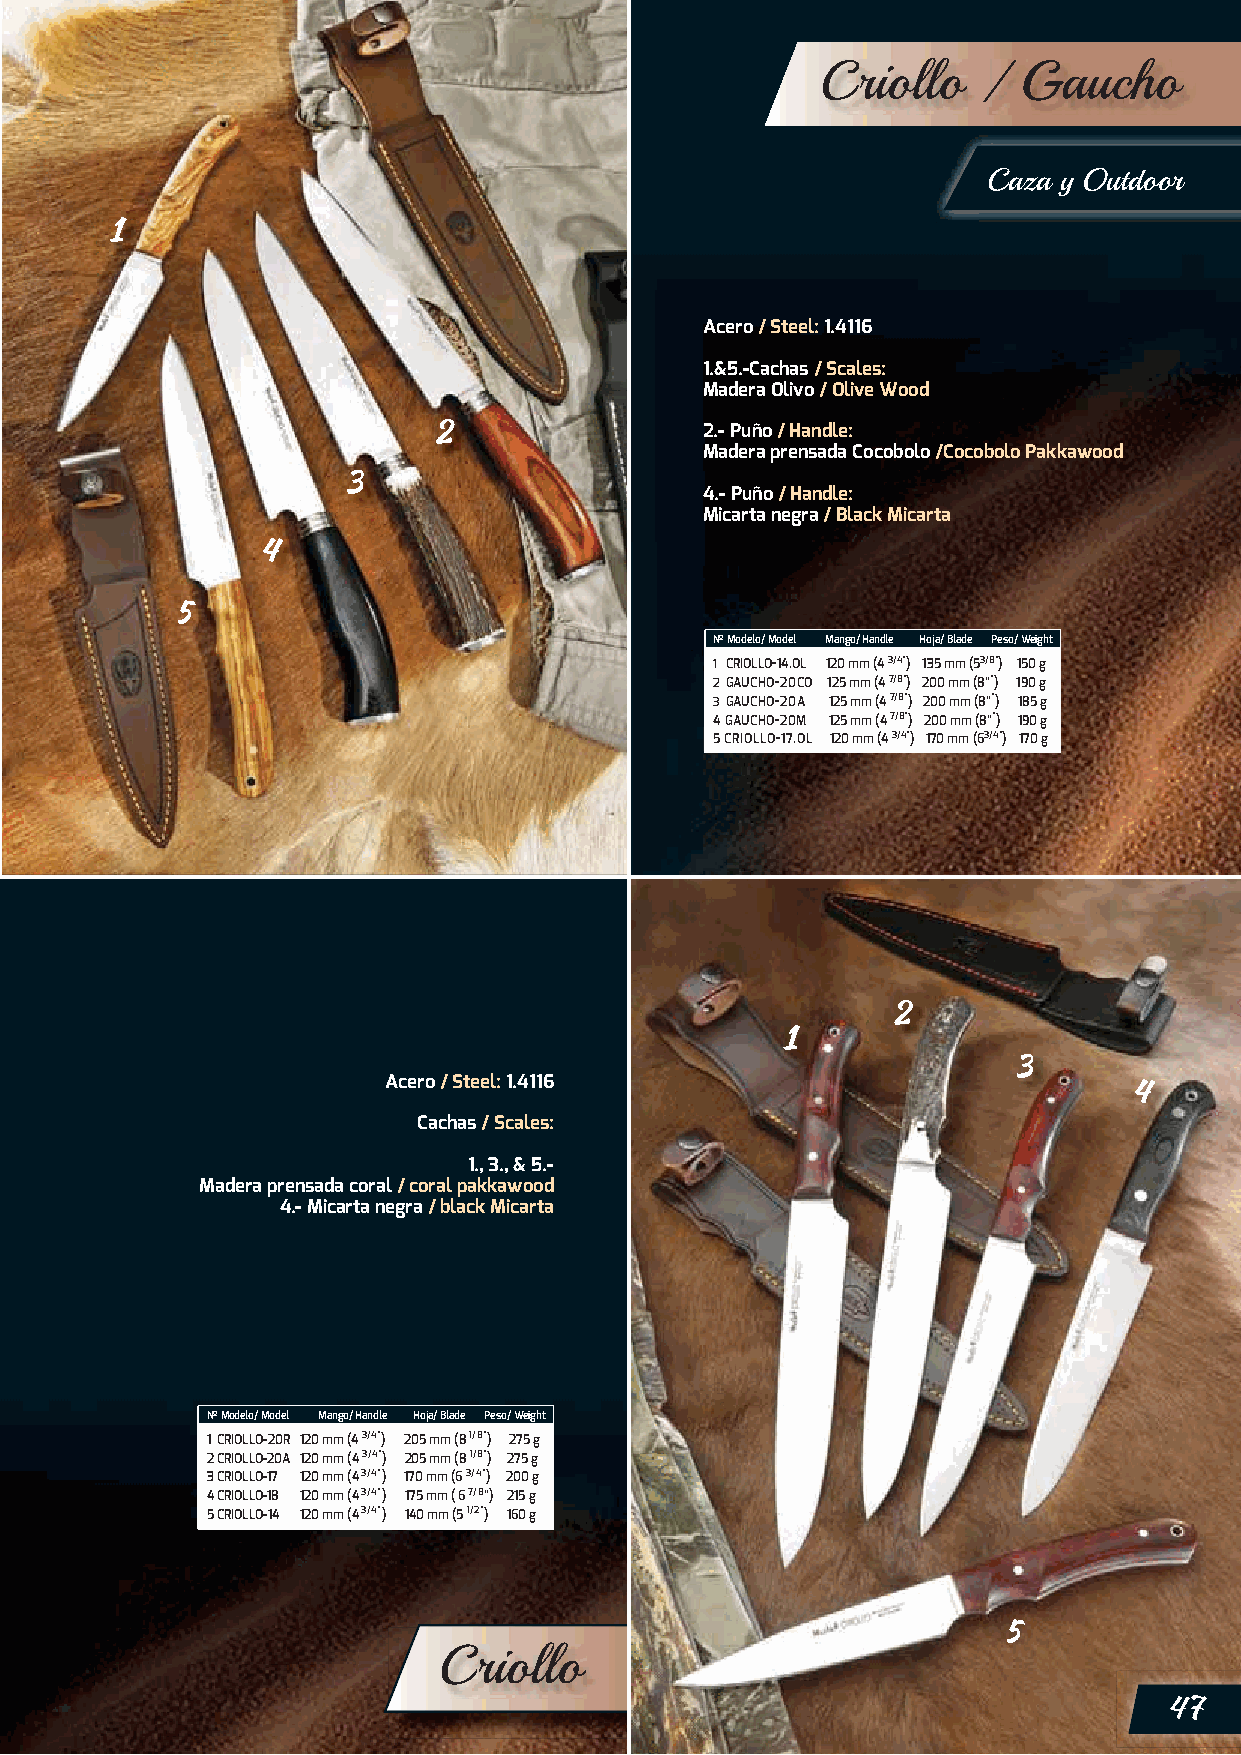
Criollo    /  Gaucho
 Caza y Outdoor
 Acero / Steel: 1.4116
 1.&5.-Cachas / Scales:
 Madera Olivo / Olive Wood
 2.- Puño / Handle:
 Madera prensada Cocobolo /Cocobolo Pakkawood
 4.- Puño / Handle:
 Micarta negra / Black Micarta
 Nº Modelo/ Model Mango/ Handle Hoja/ Blade Peso/ Weight
 1 CRIOLLO-14.OL 120 mm (4 3/4”) 135 mm (53/8”) 150 g
 2 GAUCHO-20CO 125 mm (4 7/8”) 200 mm (8””) 190 g
 3 GAUCHO-20A 125 mm (4 7/8”) 200 mm (8””) 185 g
 4 GAUCHO-20M 125 mm (4 7/8”) 200 mm (8””) 190 g
 5 CRIOLLO-17.OL 120 mm (4 3/4”) 170 mm (63/4”) 170 g
 Acero / Steel: 1.4116
 Cachas / Scales:
 1., 3., & 5.-
 Madera prensada coral / coral pakkawood
 4.- Micarta negra / black Micarta
 Nº Modelo/ Model Mango/ Handle Hoja/ Blade Peso/ Weight
 1 CRIOLLO-20R 120 mm (4 3/4”) 205 mm (8 1/8”) 275 g
 2 CRIOLLO-20A 120 mm (4 3/4”) 2 05 mm (8 1/8”) 275 g
 3 CRIOLLO-17 120 mm (4 3/4”) 170 mm (6 3/4”) 200 g
 4 CRIOLLO-18 120 mm (4 3/4”) 175 mm ( 6 7/8”) 215 g
 5 CRIOLLO-14 120 mm (4 3/4”) 140 mm (5 1/2”) 160 g
 Criollo
 47